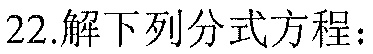
22.解下列分式方程：